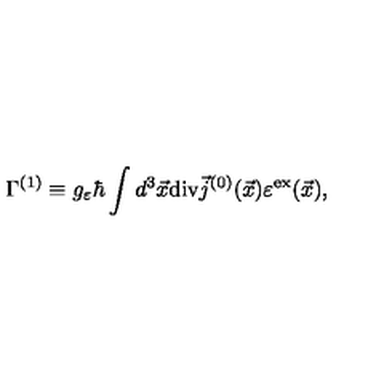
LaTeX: \Gamma ^ { ( 1 ) } \equiv g _ { \varepsilon } \hbar \int d ^ { 3 } \vec { x } \mathrm { d i v } \vec { j } ^ { ( 0 ) } ( \vec { x } ) \varepsilon ^ { \mathrm { e x } } ( \vec { x } ) ,